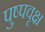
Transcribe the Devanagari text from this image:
पुष्पवृक्ष